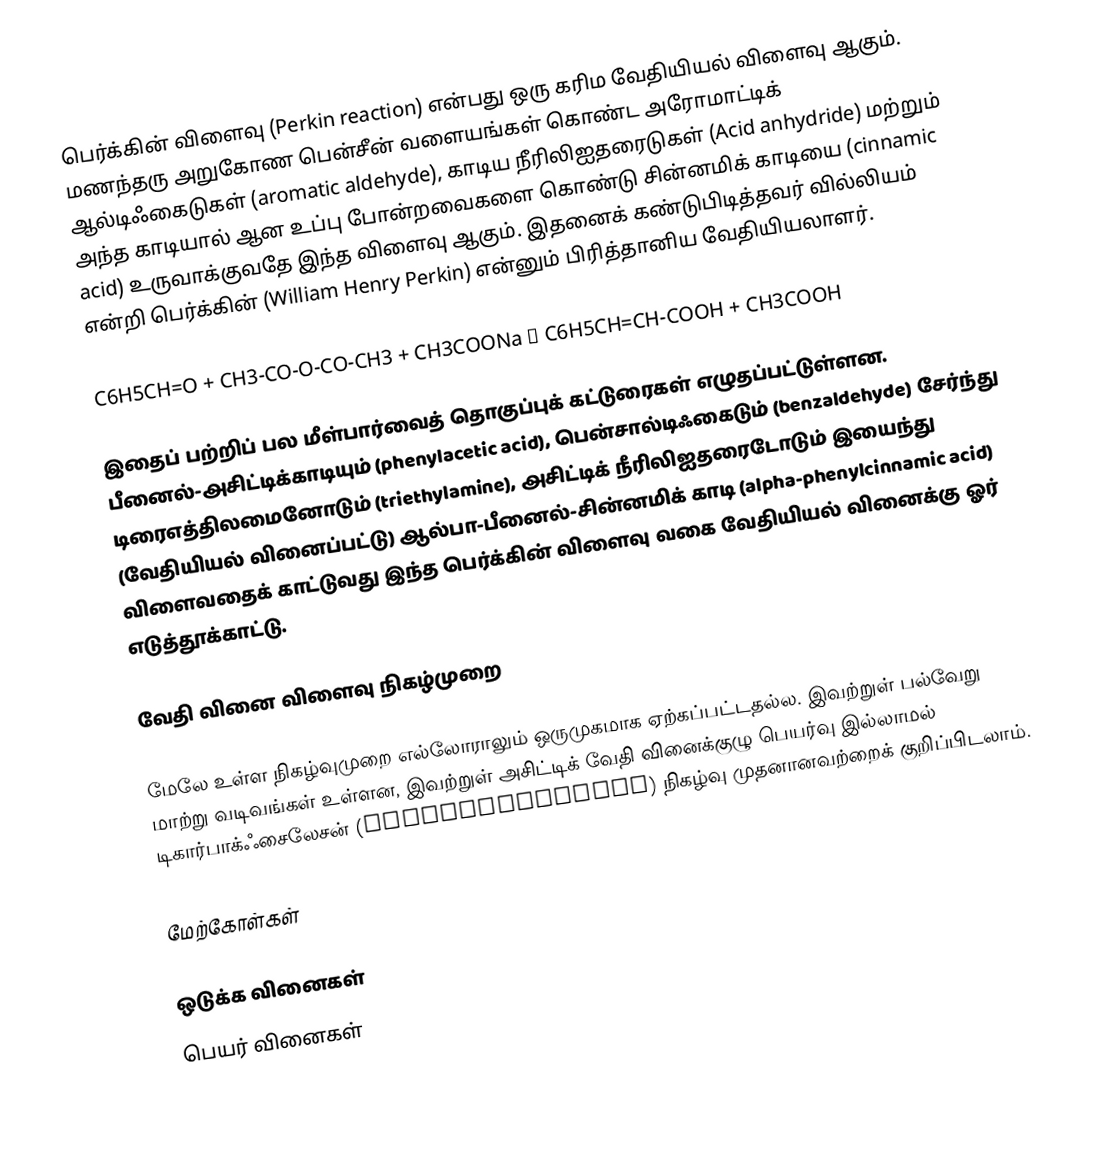
பெர்க்கின் விளைவு (Perkin reaction) என்பது ஒரு கரிம வேதியியல் விளைவு ஆகும். மணந்தரு அறுகோண பென்சீன் வளையங்கள் கொண்ட அரோமாட்டிக் ஆல்டிஃகைடுகள் (aromatic aldehyde), காடிய நீரிலிஐதரைடுகள் (Acid anhydride) மற்றும் அந்த காடியால் ஆன உப்பு போன்றவைகளை கொண்டு சின்னமிக் காடியை (cinnamic acid) உருவாக்குவதே இந்த விளைவு ஆகும். இதனைக் கண்டுபிடித்தவர் வில்லியம் என்றி பெர்க்கின் (William Henry Perkin) என்னும் பிரித்தானிய வேதியியலாளர்.

C6H5CH=O + CH3-CO-O-CO-CH3 + CH3COONa → C6H5CH=CH-COOH + CH3COOH

இதைப் பற்றிப் பல மீள்பார்வைத் தொகுப்புக் கட்டுரைகள் எழுதப்பட்டுள்ளன. பீனைல்-அசிட்டிக்காடியும் (phenylacetic acid), பென்சால்டிஃகைடும் (benzaldehyde) சேர்ந்து டிரைஎத்திலமைனோடும் (triethylamine), அசிட்டிக் நீரிலிஐதரைடோடும் இயைந்து (வேதியியல் வினைப்பட்டு) ஆல்பா-பீனைல்-சின்னமிக் காடி (alpha-phenylcinnamic acid) விளைவதைக் காட்டுவது இந்த பெர்க்கின் விளைவு வகை வேதியியல் வினைக்கு ஓர் எடுத்தூக்காட்டு.

வேதி வினை விளைவு நிகழ்முறை

மேலே உள்ள நிகழ்வுமுறை எல்லோராலும் ஒருமுகமாக ஏற்கப்பட்டதல்ல. இவற்றுள் பல்வேறு மாற்று வடிவங்கள் உள்ளன, இவற்றுள் அசிட்டிக் வேதி வினைக்குழு பெயர்வு இல்லாமல் டிகார்பாக்ஃசைலேசன் (decarboxylation) நிகழ்வு முதனானவற்றைக் குறிப்பிடலாம்.

மேற்கோள்கள்

ஒடுக்க வினைகள்
பெயர் வினைகள்